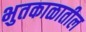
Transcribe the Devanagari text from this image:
भुतकाळातील